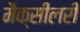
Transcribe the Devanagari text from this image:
मैक्सीलरी